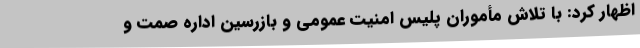
اظهار کرد: با تلاش مأموران پلیس امنیت عمومی و بازرسین اداره صمت و